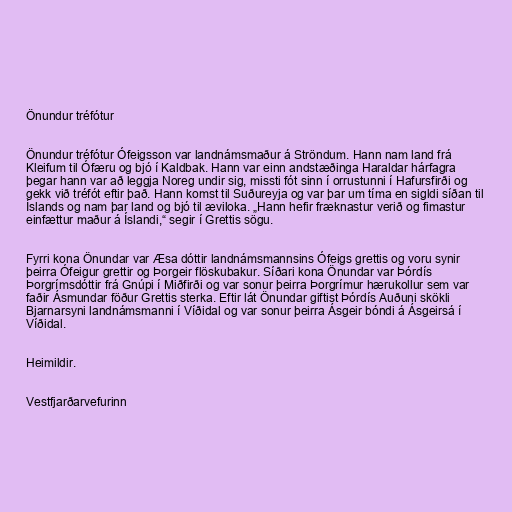
Önundur tréfótur

Önundur tréfótur Ófeigsson var landnámsmaður á Ströndum. Hann nam land frá
Kleifum til Ófæru og bjó í Kaldbak. Hann var einn andstæðinga Haraldar hárfagra
þegar hann var að leggja Noreg undir sig, missti fót sinn í orrustunni í Hafursfirði og
gekk við tréfót eftir það. Hann komst til Suðureyja og var þar um tíma en sigldi síðan til
Íslands og nam þar land og bjó til æviloka. „Hann hefir fræknastur verið og fimastur
einfættur maður á Íslandi,“ segir í Grettis sögu.

Fyrri kona Önundar var Æsa dóttir landnámsmannsins Ófeigs grettis og voru synir
þeirra Ófeigur grettir og Þorgeir flöskubakur. Síðari kona Önundar var Þórdís
Þorgrímsdóttir frá Gnúpi í Miðfirði og var sonur þeirra Þorgrímur hærukollur sem var
faðir Ásmundar föður Grettis sterka. Eftir lát Önundar giftist Þórdís Auðuni skökli
Bjarnarsyni landnámsmanni í Víðidal og var sonur þeirra Ásgeir bóndi á Ásgeirsá í
Víðidal.

Heimildir.

Vestfjarðarvefurinn